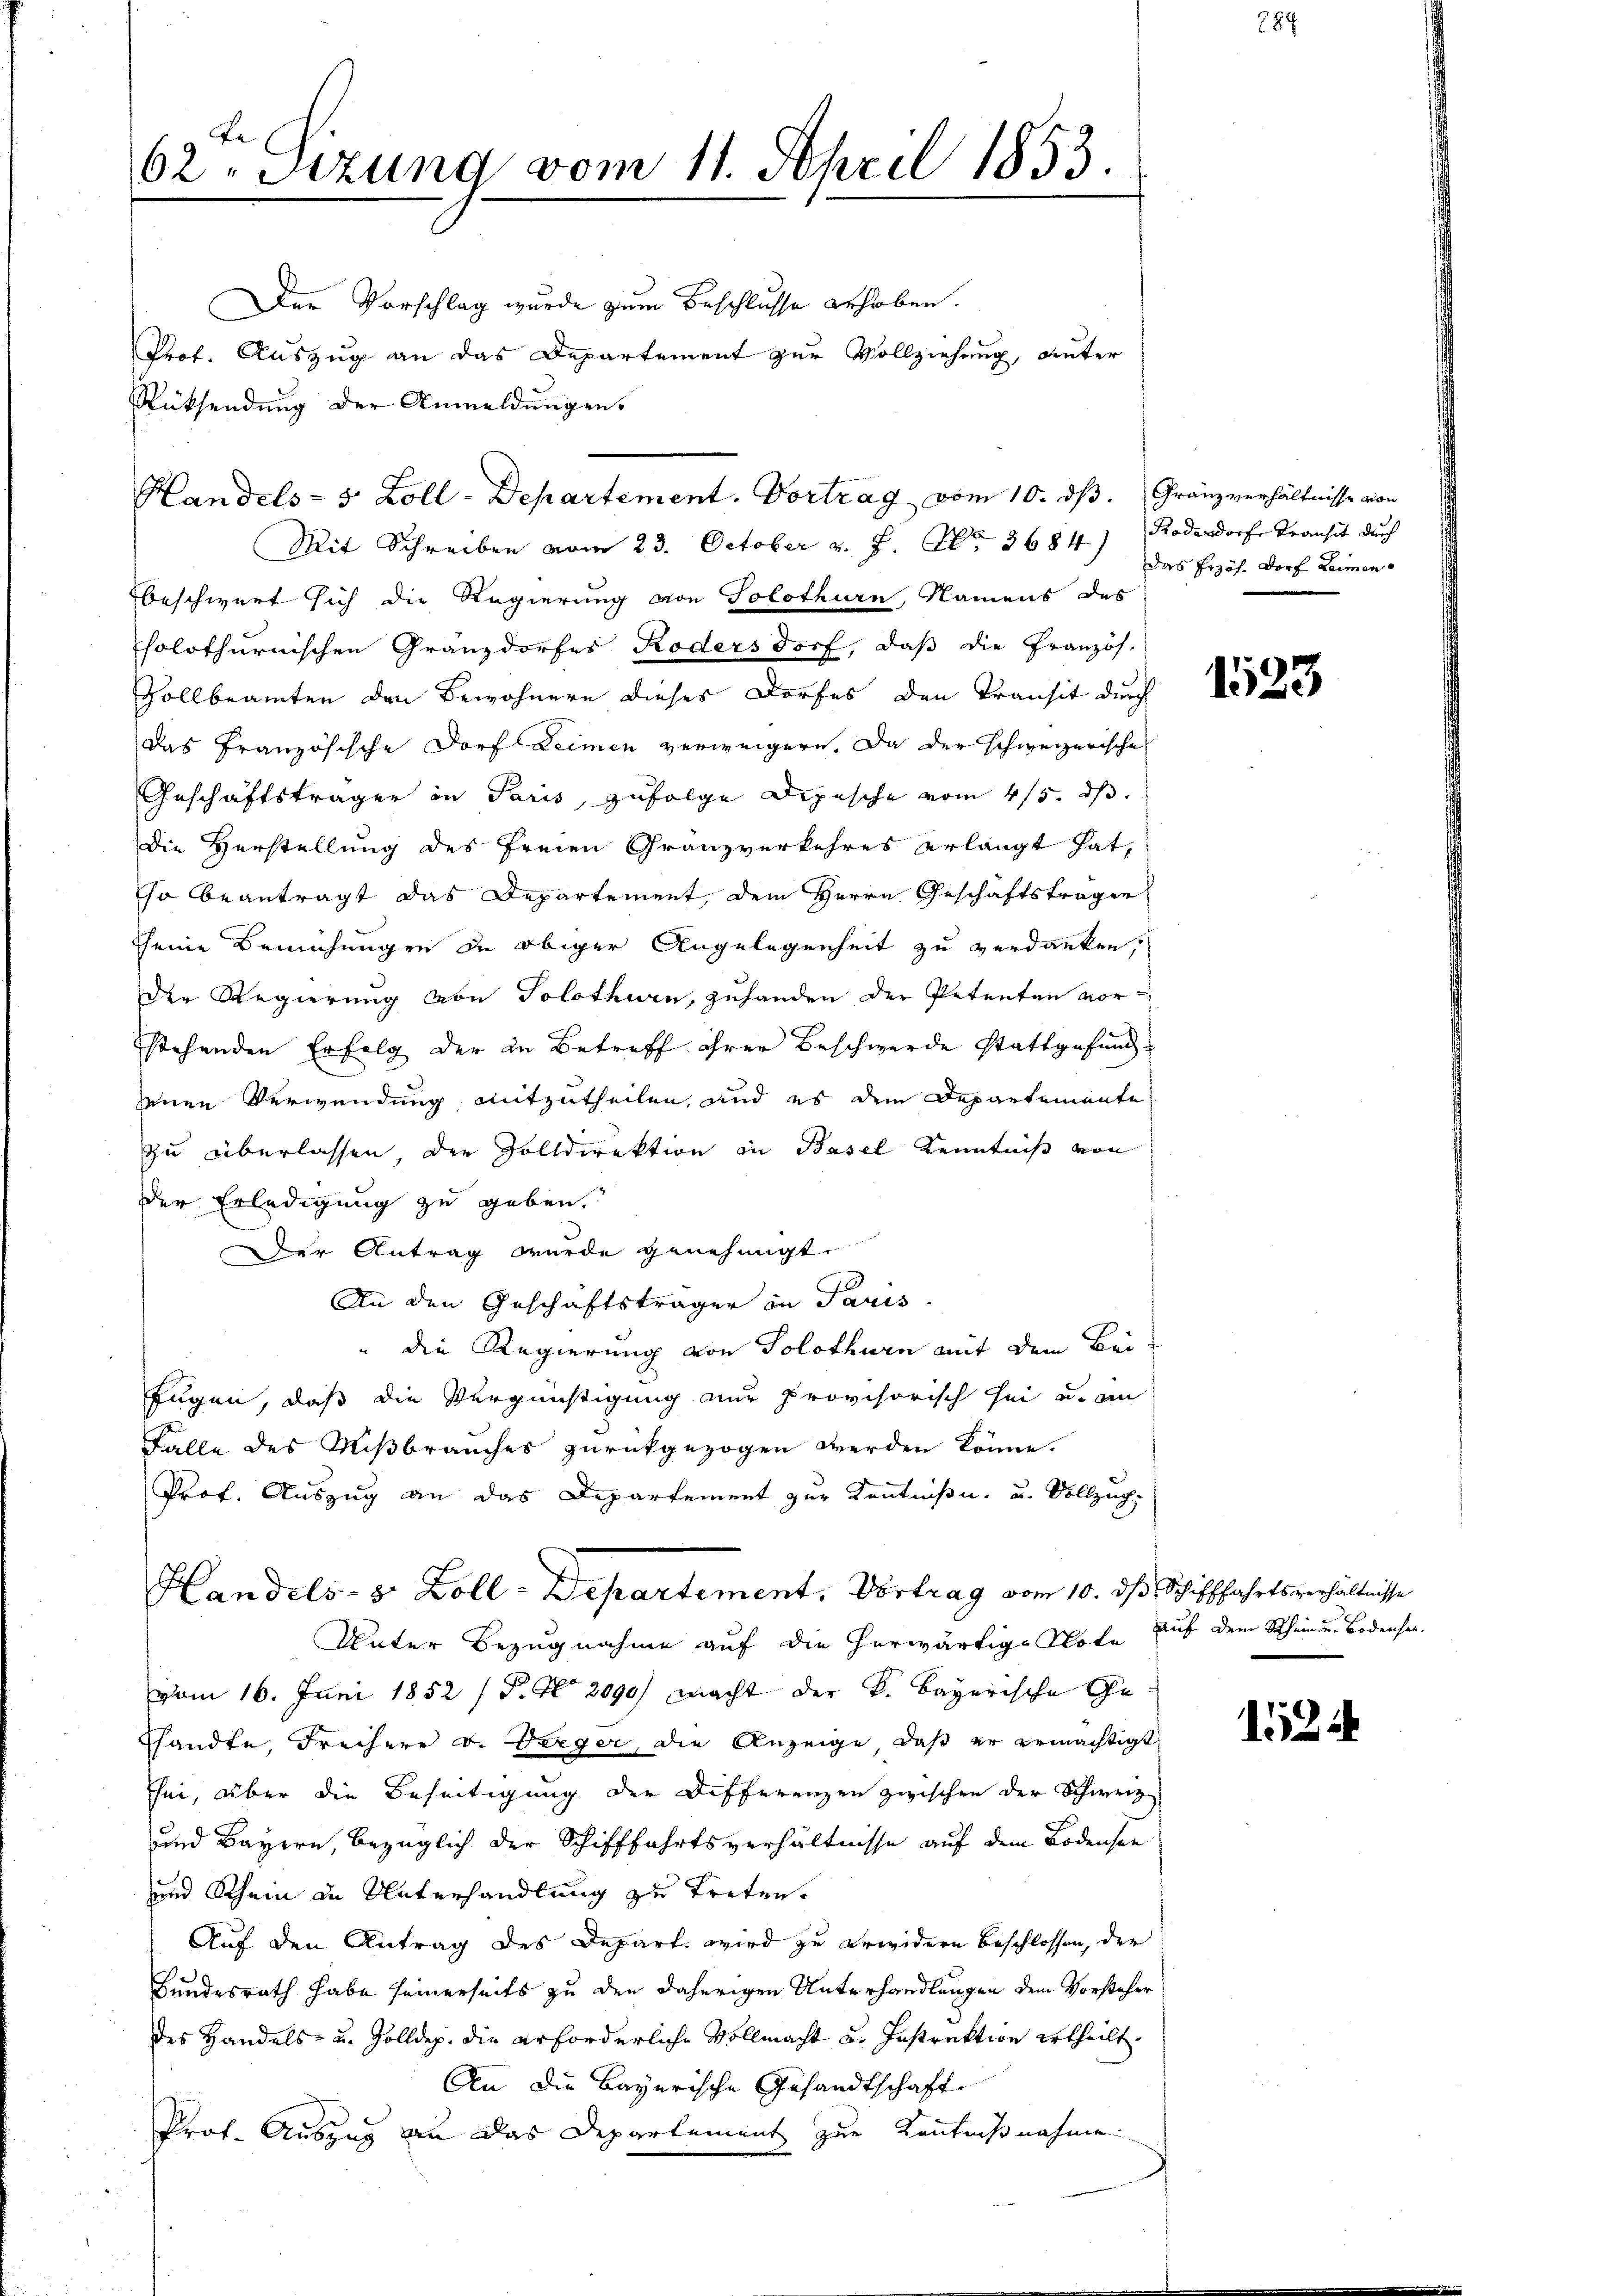
Be
62. Sitzung vom 11. April 1853.

Der Vorschlag wurde zum Beschlusse erhoben.
Prof. Auszug an das Departement zur Vollziehung, unter
Rücksendung der Anmeldungen.
Mit Schreiben vom 23. October v. J. No. 3684) Rodendorfe Transit durch
beschwert sich die Regierung von Solothurn, Namens des
solothurnischen Gränzdorfes Rödersdorf, daß die Französ.
Vollbeamten den Bewohnern dieses Dorfes den Transit durch
das Französische Dorf Leimen verweigern. Da der schweizerische
Geschäftsträger in Paris, zufolge Depesche vom 4/5. ds.
die Herstellung des Freien Granzverkehres erlangt hat,
sa beantragt das Departement, dem Herrn Geschäftsträgen,
sseine Bemühungen de obiger Angelegenheit zu verdanken,
Der Regierung von Solothurn, zuhanden der Petenten vor
stehenden Erfolg der in Betreff ihrer Beschwerde stattgefund
einen Verwendung mitzutheilen, und es dem Departemente
zu überlassen der Zolldirektion in Basel Kenntniß von
der Erledigung zu geben.
Der Antrag wurde genehmigt.
An den Geschäftsträger in Paris.
" die Regierung von Solothurn mit dem Bei¬
Eugen, daß die Vergünstigung nur provisorisch sei u. an
Falle des Mißbrauches zurückgezogen werden könne.
Prof. Auszug an das Departement zur Kenntniße, u. Vollzug.
Handels- u. Boll-Departement, Vortrag vom 10. ds Schifffahrtsverhältnisse
Unter Bezugnahme auf die herwärtige Note auf dem Schein u. Bodenselvom 16. Juni 1852 / P. Nr. 2090) macht der K. Bayerische Geshandte, Freiherr v. Berger, die Anzeige, daß er gemächtigt
Ehei, über die Beseitigung der Differenzen zwischen der Schweiz
und Bayern, bezüglich der Schifffahrtsverhältnisse auf dem Bodensee
und Rhein an Unterhandlung zu treten.
Auf den Antrag des Depart wird zu erwidern beschlossen, der
Bundesrath habe seinerseits zu den daherigen Unterhandlungen dem Vorsteher
des Handels- u. Zolldep. die erforderliche Vollmacht u. Instrektion ertheilt.
An die Bayerische Gesandtschaft
Prot. Auszug an das Departement zur Kenntnißnahme

Handels- 5 Zoll-Departement. Vortrag vom 10. ds. Gränzverhältnisse von

Das Erzös. Dorf Leimen¬

1523

1524